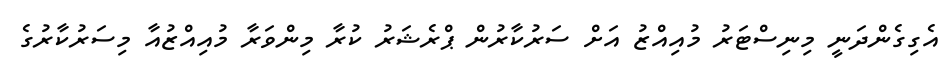
އެގިގެންދަނީ މިނިސްޓަރު މުއިއްޒު އަށް ސަރުކާރުން ޕްރެޝަރު ކުރާ މިންވަރާ މުއިއްޒުއާ މިސަރުކާރުގެ